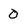
Character: 0